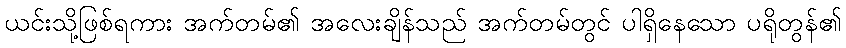
ယင်းသို့ဖြစ်ရကား အက်တမ်၏ အလေးချိန်သည် အက်တမ်တွင် ပါရှိနေသော ပရိုတွန်၏